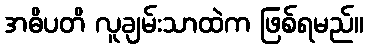
အဓိပတိ လူချမ်းသာထဲက ဖြစ်ရမည်။